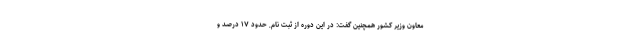
معاون وزیر کشور همچنین گفت: در این دوره از ثبت نام, حدود ۱۷ درصد و